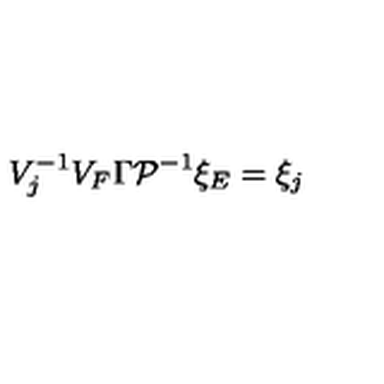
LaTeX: V _ { j } ^ { - 1 } V _ { F } \Gamma { \cal P } ^ { - 1 } \xi _ { E } = \xi _ { j }